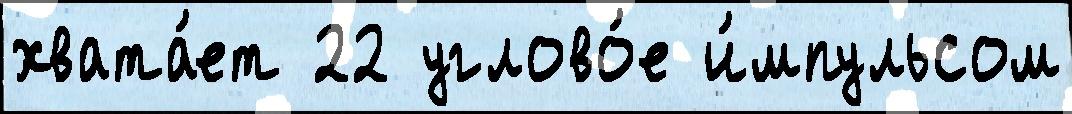
хвата́ет 22 углово́е и́мпульсом